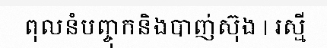
ពុលនំបញ្ចុកនិងបាញ់ស៊ុង | រស្មី